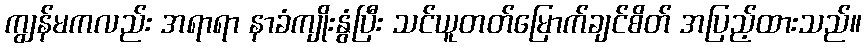
ကျွန်မကလည်း အရာရာ နာခံကျိုးနွံပြီး သင်ယူတတ်မြောက်ချင်စိတ် အပြည့်ထားသည်။